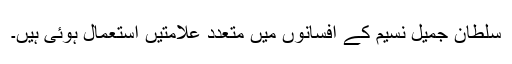
سلطان جمیل نسیم کے افسانوں میں متعدد علامتیں استعمال ہوئی ہیں۔